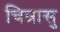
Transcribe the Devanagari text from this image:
चिन्रासु